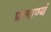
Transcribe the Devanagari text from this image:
प्रामाण्यं